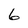
Character: 6